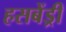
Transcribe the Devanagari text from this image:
हसबेंड्री